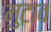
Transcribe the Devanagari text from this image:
मुटाव